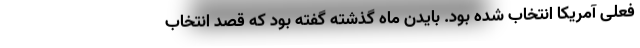
فعلی آمریکا انتخاب شده بود. بایدن ماه گذشته گفته بود که قصد انتخاب